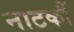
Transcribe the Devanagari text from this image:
नाटकौं